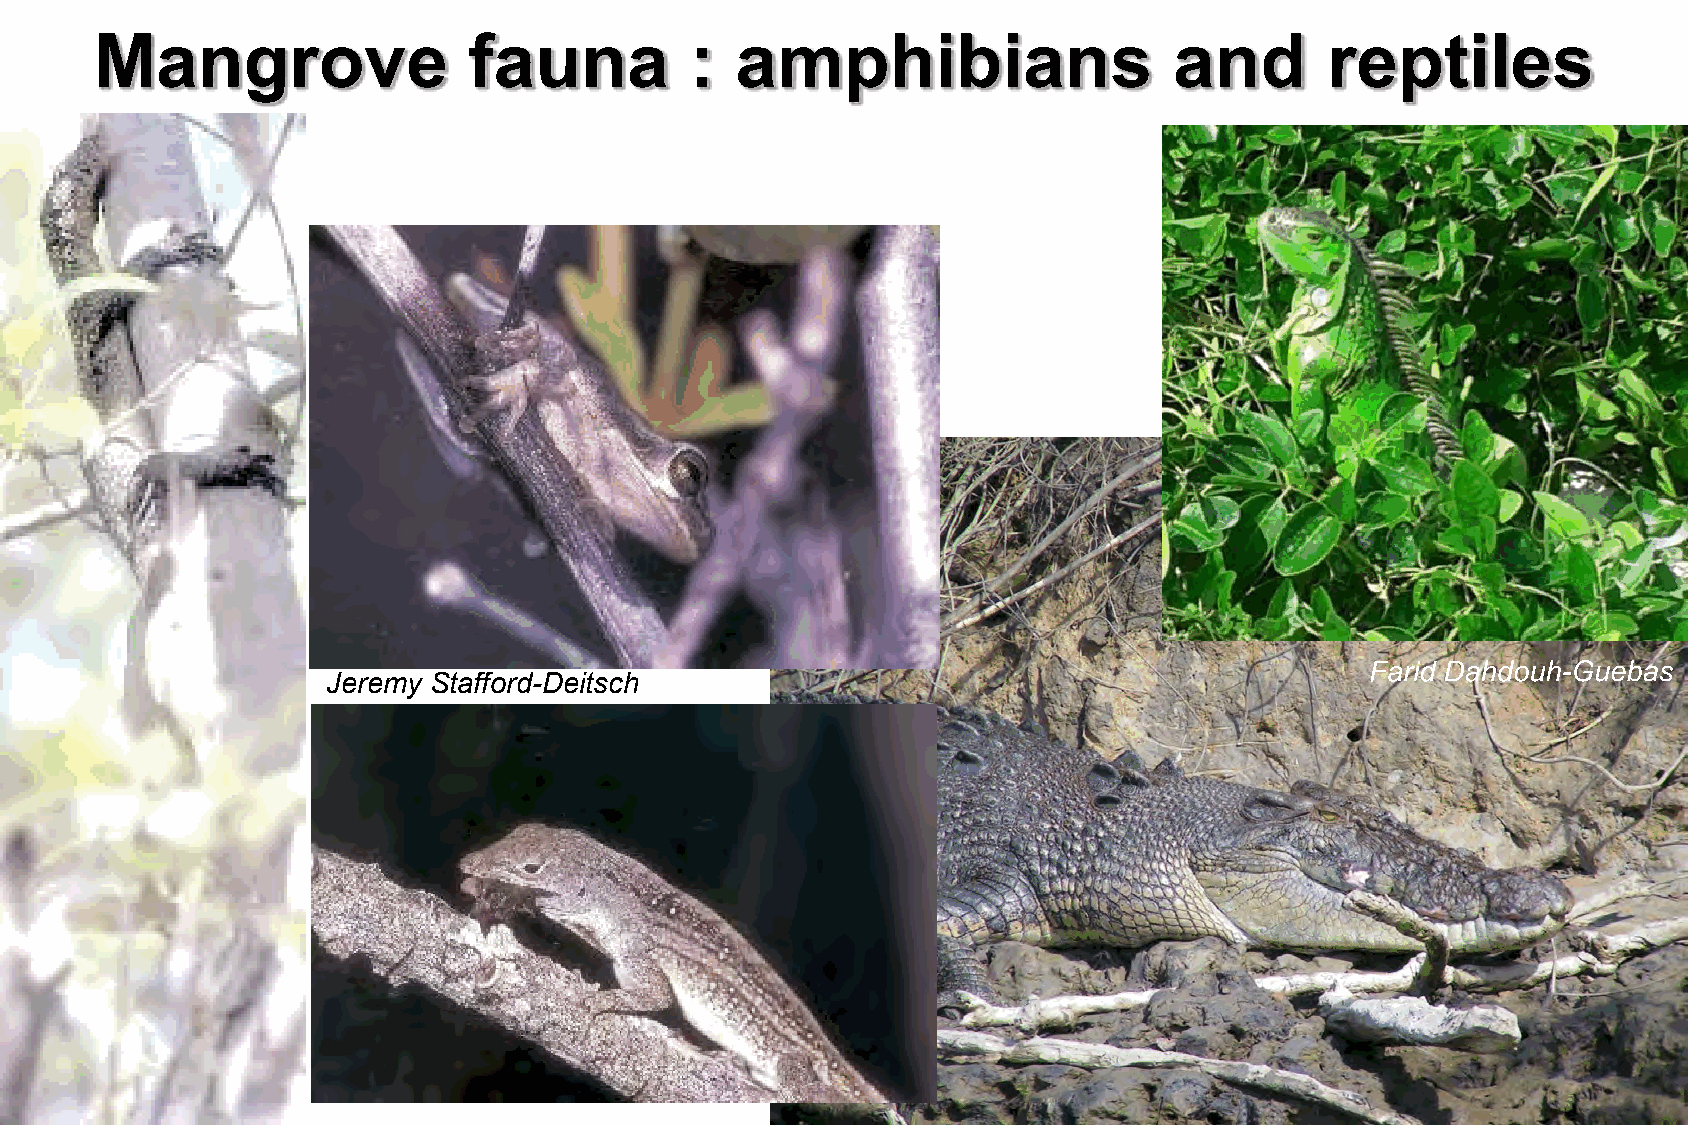
Mangrove                 fauna          :  amphibians                   and       reptiles
 Jeremy Stafford-Deitsch